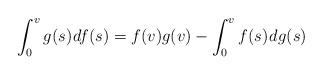
LaTeX: \begin{align*} \int_{0}^{v} g(s)\mkern+1.5mu df(s) = f(v)g(v) - \int_{0}^{v} f(s)\mkern+1.5mu dg(s)\end{align*}